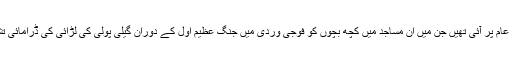
اس سال اپریل میں کچھ ایسی تصاویر منظر عام پر آئی تھیں جن میں ان مساجد میں کچھ بچوں کو فوجی وردی میں جنگ عظیم اوّل کے دوران گیلی پولی کی لڑائی کی ڈرامائی تشکیل میں حصہ لیتے ہوا دیکھا جا سکتا تھا۔